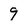
Character: 9